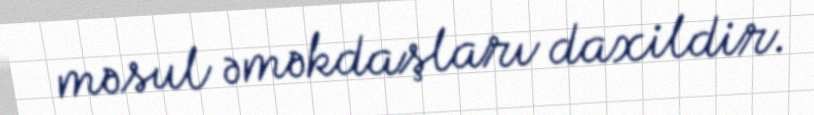
məsul əməkdaşları daxildir.